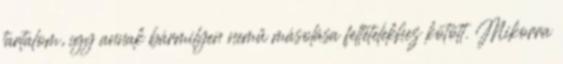
tartalom, így annak bármilyen nemű másolása feltételekhez kötött. Mikorra